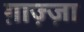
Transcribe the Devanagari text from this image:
ग़ाज़्ज़ा